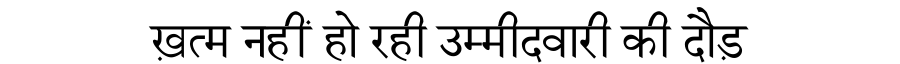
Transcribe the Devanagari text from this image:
ख़त्म नहीं हो रही उम्मीदवारी की दौड़